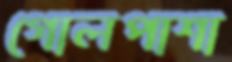
গোলপাশা